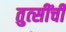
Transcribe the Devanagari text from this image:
तुत्‍सींची